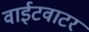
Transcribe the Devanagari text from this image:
वाईटवाटर